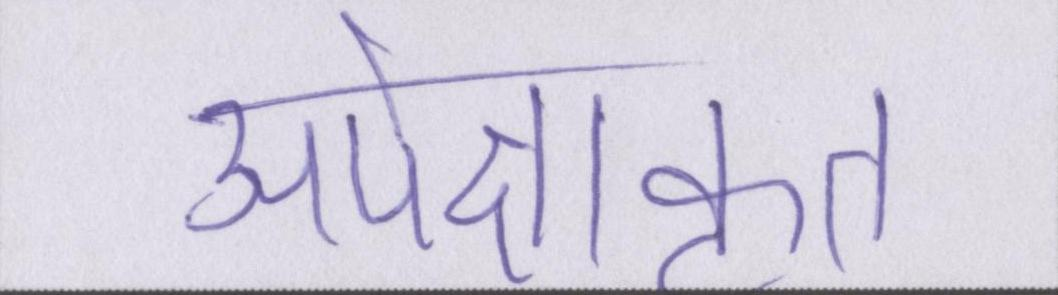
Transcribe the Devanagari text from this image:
अपेक्षाकृत